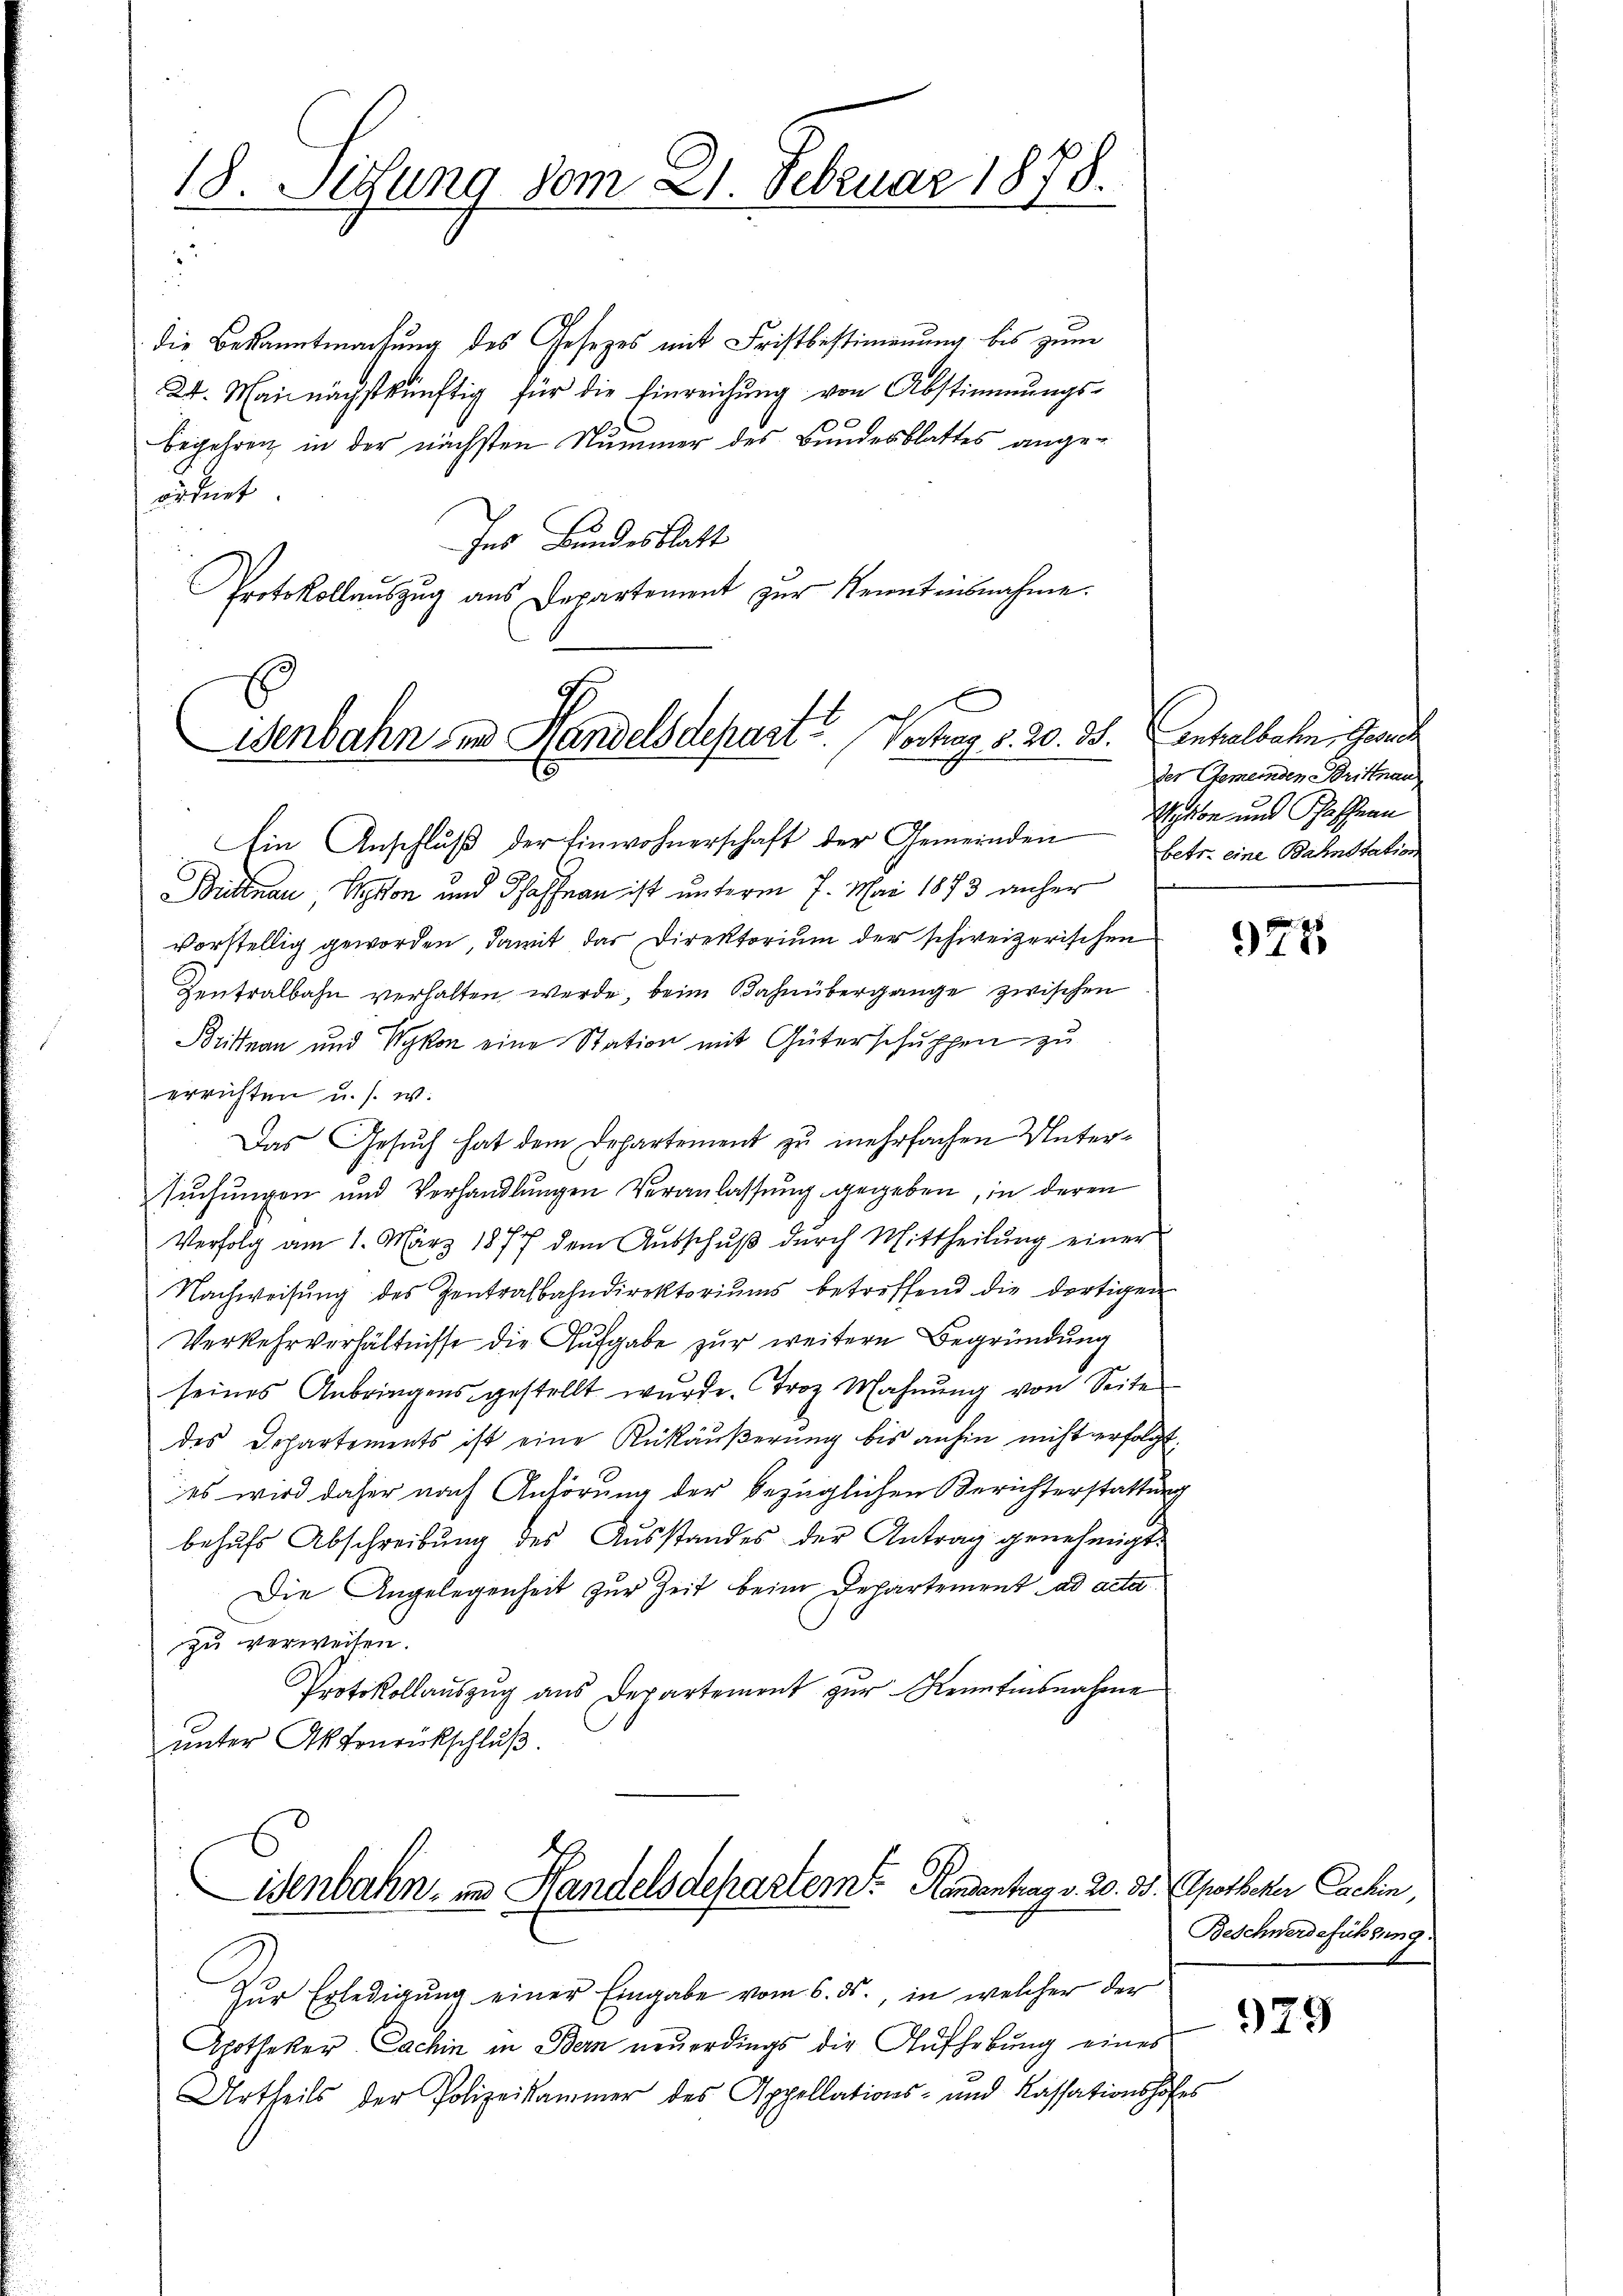
18. Sitzung vom 21. Februar 1878.
u

die Bekanntmachung des Gesezes mit Fristbestimmung bis zum
24. Mai nächstkünftig für die Einreichŭng von Abstimmungs-
begehren in der nächsten Nummer des Bundesblattes angeordnet.
Ins Bundesblatt
Protokollauszug aus Departement zur Kenntnisnahme.

c
Wenbahn in Handelsdepart. Vortrag d. 20. 35.

Ein Anschluß der Einwohnerschaft der Gemeinden
6
Bültnau Son und Schaffnen ist unterm 7. Mai 1873 anher
vorstellig geworden, damit das Direktorium der schweizerischen
Zentralbahn verhalten werde, beim Bahnübergange zwischen
Brittnau und Rykon eine Station mit Güterschuppen zu
errichten u. s. w.
Das Gesuch hat dem Departement zu mehrfachen Untersuchungen und Verhandlungen Veranlassung gegeben, in deren
Verfolg am 1. März 1877 dem Aŭsschŭβ dŭrch Mittheilŭng einer
Nachweisŭng des Zentralbahndirektoriŭms betreffend die dortigen
Verkehrverhältnisse die Aufgabe zur weitere Begründung
seines Anbringens gestellt wurde. Troz Mahnung von Seite
des Departements ist eine Rükäußerung bis anhin nicht erfolgt:
es wird daher nach Anhörung der bezüglichen Berichterstattung
behufs Abschreibung des Ausstandes der Antrag genehmigt.
Die Angelegenheit zur Zeit beim Departement ad acte
zu verweisen.
Protokollauszug aus Departement zur Kenntensnahme
unter Aktenrückschluß.

isenbahn in Handelsdepartem Kindentrag v. 20. 33. (Apotheker Cachin,

Zur Erledigung einer Eingabe vom 6. ds., in welcher der
Apotheker Lachin in Bern neuerdings die Aufhebung eines
Urtheils der Polizeikammer des Appellations- und Kassationshofes

Anhalbahn, Gesuch
der Gemeinden Brittnau
Rykon und Paschern
betr. eine Bahnstation

977

Beschwerdeführung.

929